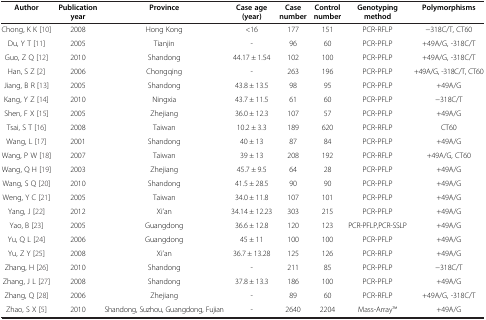
<table><thead><tr><td><b>Author</b></td><td><b>Publication year</b></td><td><b>Province</b></td><td><b>Case age(year)</b></td><td><b>Case number</b></td><td><b>Control number</b></td><td><b>Genotyping method</b></td><td><b>Polymorphisms</b></td></tr></thead><tbody><tr><td>Chong, K K[10]</td><td>2008</td><td>Hong Kong</td><td>&lt;16</td><td>177</td><td>151</td><td>PCR-RFLP</td><td>−318C/T, CT60</td></tr><tr><td>Du, Y T[11]</td><td>2005</td><td>Tianjin</td><td>-</td><td>96</td><td>60</td><td>PCR-PFLP</td><td>+49A/G, -318C/T</td></tr><tr><td>Guo, Z Q[12]</td><td>2010</td><td>Shandong</td><td>44.17 ± 1.54</td><td>102</td><td>100</td><td>PCR-PFLP</td><td>+49A/G, -318C/T</td></tr><tr><td>Han, S Z[2]</td><td>2006</td><td>Chongqing</td><td>-</td><td>263</td><td>196</td><td>PCR-PFLP</td><td>+49A/G, -318C/T, CT60</td></tr><tr><td>Jiang, B R[13]</td><td>2005</td><td>Shandong</td><td>43.8 ± 13.5</td><td>98</td><td>95</td><td>PCR-PFLP</td><td>+49A/G</td></tr><tr><td>Kang, Y Z[14]</td><td>2010</td><td>Ningxia</td><td>43.7 ± 11.5</td><td>61</td><td>60</td><td>PCR-PFLP</td><td>−318C/T</td></tr><tr><td>Shen, F X[15]</td><td>2005</td><td>Zhejiang</td><td>36.0 ± 12.3</td><td>107</td><td>57</td><td>PCR-PFLP</td><td>+49A/G</td></tr><tr><td>Tsai, S T[16]</td><td>2008</td><td>Taiwan</td><td>10.2 ± 3.3</td><td>189</td><td>620</td><td>PCR-RFLP</td><td>CT60</td></tr><tr><td>Wang, L[17]</td><td>2001</td><td>Shandong</td><td>40 ± 13</td><td>87</td><td>84</td><td>PCR-PFLP</td><td>+49A/G</td></tr><tr><td>Wang, P W[18]</td><td>2007</td><td>Taiwan</td><td>39 ± 13</td><td>208</td><td>192</td><td>PCR-RFLP</td><td>+49A/G, CT60</td></tr><tr><td>Wang, Q H[19]</td><td>2003</td><td>Zhejiang</td><td>45.7 ± 9.5</td><td>64</td><td>28</td><td>PCR-PFLP</td><td>+49A/G</td></tr><tr><td>Wang, S Q[20]</td><td>2010</td><td>Shandong</td><td>41.5 ± 28.5</td><td>90</td><td>90</td><td>PCR-PFLP</td><td>+49A/G</td></tr><tr><td>Weng, Y C[21]</td><td>2005</td><td>Taiwan</td><td>34.0 ± 11.8</td><td>107</td><td>101</td><td>PCR-PFLP</td><td>+49A/G</td></tr><tr><td>Yang, J[22]</td><td>2012</td><td>Xi’an</td><td>34.14 ± 12.23</td><td>303</td><td>215</td><td>PCR-PFLP</td><td>+49A/G</td></tr><tr><td>Yao, B[23]</td><td>2005</td><td>Guangdong</td><td>36.6 ± 12.8</td><td>120</td><td>123</td><td>PCR-PFLP,PCR-SSLP</td><td>+49A/G</td></tr><tr><td>Yu, Q L[24]</td><td>2006</td><td>Guangdong</td><td>45 ± 11</td><td>100</td><td>100</td><td>PCR-PFLP</td><td>+49A/G</td></tr><tr><td>Yu, Z Y[25]</td><td>2008</td><td>Xi’an</td><td>36.7 ± 13.28</td><td>125</td><td>126</td><td>PCR-RFLP</td><td>+49A/G</td></tr><tr><td>Zhang, H[26]</td><td>2010</td><td>Shandong</td><td>-</td><td>211</td><td>85</td><td>PCR-PFLP</td><td>−318C/T</td></tr><tr><td>Zhang, J L[27]</td><td>2008</td><td>Shandong</td><td>37.8 ± 13.3</td><td>186</td><td>100</td><td>PCR-PFLP</td><td>+49A/G</td></tr><tr><td>Zhang, Q[28]</td><td>2006</td><td>Zhejiang</td><td>-</td><td>89</td><td>60</td><td>PCR-RFLP</td><td>+49A/G, -318C/T</td></tr><tr><td>Zhao, S X[5]</td><td>2010</td><td>Shandong, Suzhou, Guangdong, Fujian</td><td>-</td><td>2640</td><td>2204</td><td>Mass-ArrayTM</td><td>+49A/G</td></tr></tbody></table>